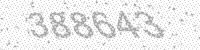
Solution: 388643